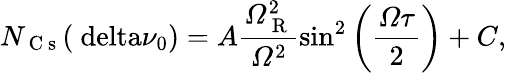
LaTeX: N_{\mathrm{~C~s~}}(\mathrm{\ delta}\nu_{0})=A\frac{\mathit{\Omega}_{\mathrm{~R~}}^{2}}{\mathit{\Omega}^{2}}\sin^{2}\left(\frac{\mathit{\Omega}\mathit{\tau}}{2}\right)+C,